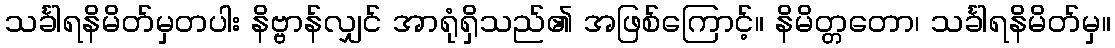
သင်္ခါရနိမိတ်မှတပါး နိဗ္ဗာန်လျှင် အာရုံရှိသည်၏ အဖြစ်ကြောင့်။ နိမိတ္တတော၊ သင်္ခါရနိမိတ်မှ။